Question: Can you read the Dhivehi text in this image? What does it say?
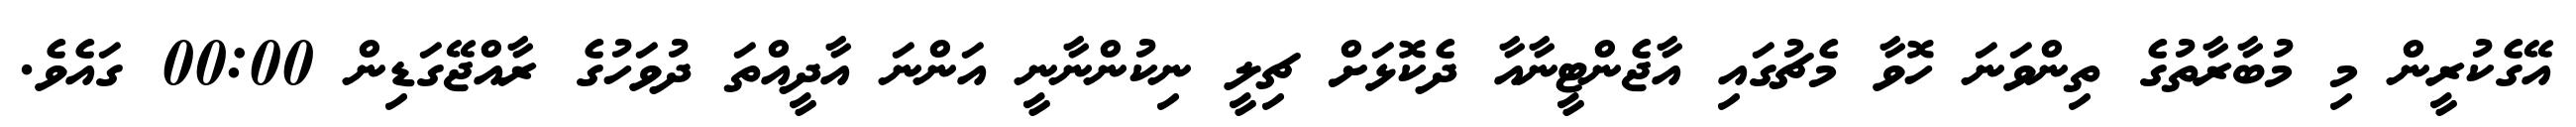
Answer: އޭގެކުރީން މި މުބާރާތުގެ ތިންވަނަ ހޮވާ މެޗުގައި އާޖެންޓީނާއާ ދެކޮޅަށް ޗިލީ ނިކުންނާނީ އަންނަ އާދީއްތަ ދުވަހުގެ ރާއްޖޭގަޑިން 00:00 ގައެވެ.